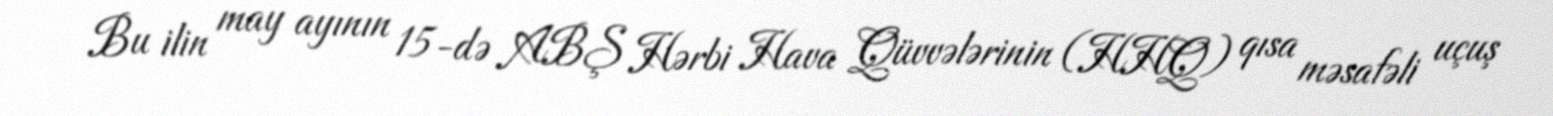
Bu ilin may ayının 15-də ABŞ Hərbi Hava Qüvvələrinin (HHQ) qısa məsafəli uçuş